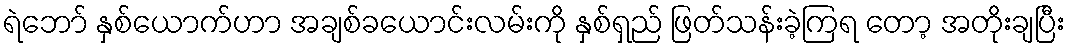
ရဲဘော် နှစ်ယောက်ဟာ အချစ်ခယောင်းလမ်းကို နှစ်ရှည် ဖြတ်သန်းခဲ့ကြရ တော့ အတိုးချပြီး